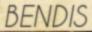
BENDIS